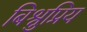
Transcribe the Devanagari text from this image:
बिश्नुप्रिय